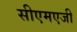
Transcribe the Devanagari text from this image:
सीएमएजी